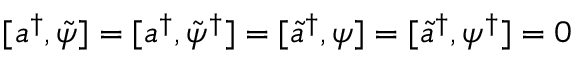
[ a ^ { \dagger } , \tilde { \psi } ] = [ a ^ { \dagger } , \tilde { \psi } ^ { \dagger } ] = [ \tilde { a } ^ { \dagger } , \psi ] = [ \tilde { a } ^ { \dagger } , \psi ^ { \dagger } ] = 0